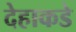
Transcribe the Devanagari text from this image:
देहाकडे